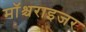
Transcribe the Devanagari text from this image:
मॉश्चराइजर